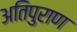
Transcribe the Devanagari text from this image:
अतिपुराण